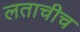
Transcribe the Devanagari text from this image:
लताचीच